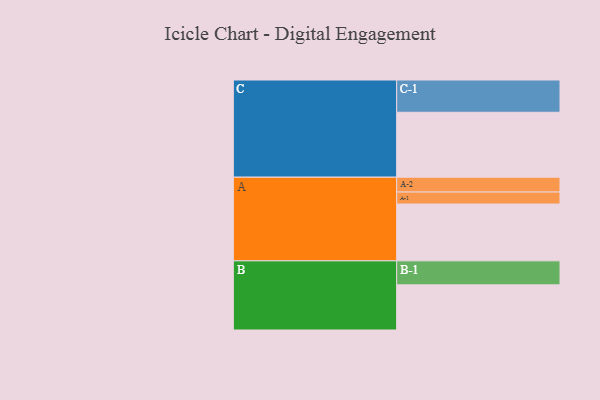
{"axis": {"x": "Segment", "y": "Value"}, "legend": ["", "A", "B", "C"], "data": [{"x": "A", "y": 502, "type": ""}, {"x": "B", "y": 399, "type": ""}, {"x": "C", "y": 574, "type": ""}, {"x": "A-1", "y": 106, "type": "A"}, {"x": "A-2", "y": 131, "type": "A"}, {"x": "B-1", "y": 212, "type": "B"}, {"x": "C-1", "y": 285, "type": "C"}]}